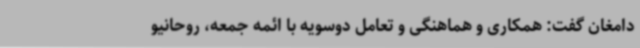
دامغان گفت: همکاری و هماهنگی و تعامل دوسویه با ائمه جمعه، روحانیو